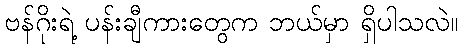
ဗန်ဂိုးရဲ့ ပန်းချီကားတွေက ဘယ်မှာ ရှိပါသလဲ။